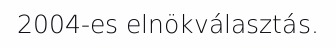
2004-es elnökválasztás.